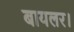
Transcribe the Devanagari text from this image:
बायलर।